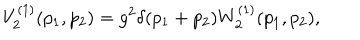
V _ { 2 } ^ { ( 1 ) } ( p _ { 1 } , p _ { 2 } ) = g ^ { 2 } \delta ( p _ { 1 } + p _ { 2 } ) W _ { 2 } ^ { ( 1 ) } ( p _ { 1 } , p _ { 2 } ) ,